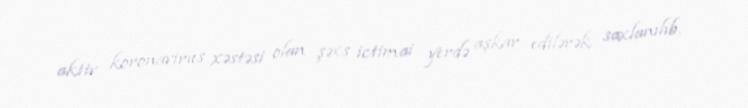
aktiv koronavirus xəstəsi olan şəxs ictimai yerdə aşkar edilərək saxlanılıb.